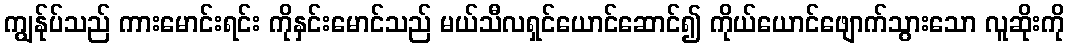
ကျွန်ုပ်သည် ကားမောင်းရင်း ကိုနှင်းမောင်သည် မယ်သီလရှင်ယောင်ဆောင်၍ ကိုယ်ယောင်ဖျောက်သွားသော လူဆိုးကို